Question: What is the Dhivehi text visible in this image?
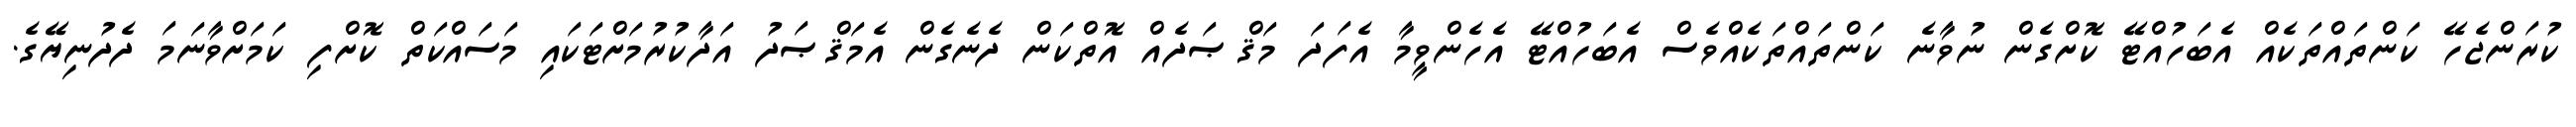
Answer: ކުރަންޖެހޭ ކަންތައްތަކެއް އެބަހުއްޓޭ ކޮށްގެން ނުވާނެ ކަންތައްތަކެއްވެސް އެބަހުއްޓޭ އެހެންވީމާ އެފަދަ މަޤްޞަދެއް އޮތްކަން ދެނެގެން އެމަޤްޞަދު އަދާކުރުމަށްޓަކައި މަސައްކަތް ކޮށްފި ކަމަށްވާނަމަ ދެދުނިޔޭގެ.